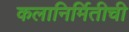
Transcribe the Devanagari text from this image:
कलानिर्मितीची